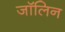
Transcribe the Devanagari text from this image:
जॉलिन